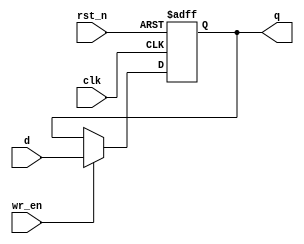
module reg_rtl #(
  parameter W_WIDTH = 8
)(
  input clk, rst_n, wr_en,
  input [W_WIDTH-1:0] d,
  output [W_WIDTH-1:0] q
);

  reg [W_WIDTH-1:0] reg_data;

  always @(posedge clk or negedge rst_n) begin
    if(!rst_n) begin 
      reg_data <= 0;
    end 
    else if(wr_en) begin
      reg_data <= d;
    end 
  end 

  assign q = reg_data;
endmodule